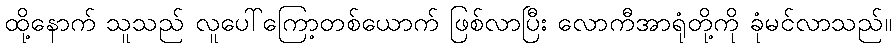
ထို့နောက် သူသည် လူပေါ်ကြော့တစ်ယောက် ဖြစ်လာပြီး လောကီအာရုံတို့ကို ခုံမင်လာသည်။